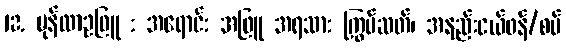
12. မုန်လာဥဖြူ : အရောင်: အဖြူ အရသာ: ကြွပ်ဆတ်၊ အနည်းငယ်ဖန်/စပ်